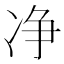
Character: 净